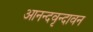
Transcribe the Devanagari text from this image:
आनन्दवृन्दावन